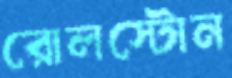
রোলস্টোন